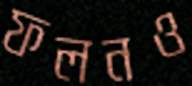
ফলনও